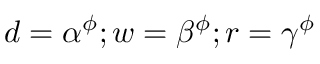
d = \alpha ^ { \phi } ; w = \beta ^ { \phi } ; r = \gamma ^ { \phi }